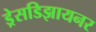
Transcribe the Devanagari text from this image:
ड्रेसडिझायनर